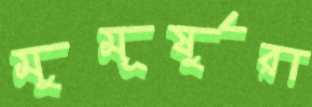
মুমূর্ষুরা